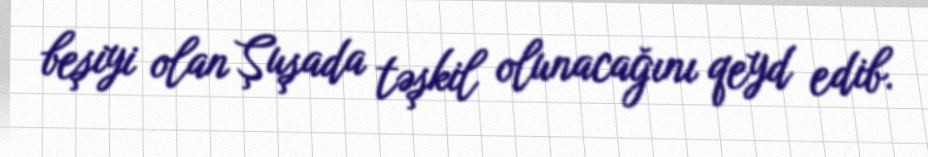
beşiyi olan Şuşada təşkil olunacağını qeyd edib.